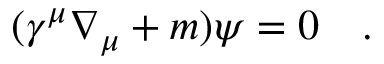
( \gamma ^ { \mu } \nabla _ { \mu } + m ) \psi = 0 ~ ~ ~ .